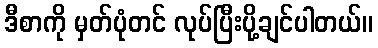
ဒီစာကို မှတ်ပုံတင် လုပ်ပြီးပို့ချင်ပါတယ်။